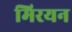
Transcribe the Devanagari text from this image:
मिरयन